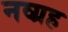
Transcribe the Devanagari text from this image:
नव्ग्रह